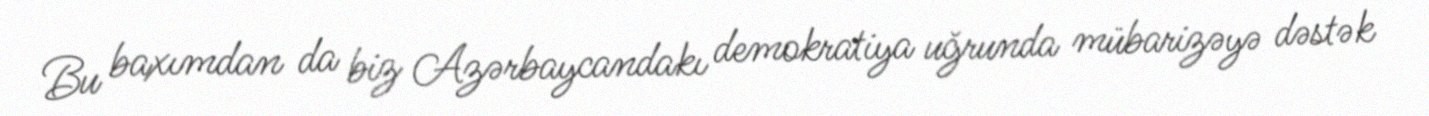
Bu baxımdan da biz Azərbaycandakı demokratiya uğrunda mübarizəyə dəstək